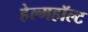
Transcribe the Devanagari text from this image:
हेल्महॉल्ट